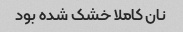
نان کاملا خشک شده بود